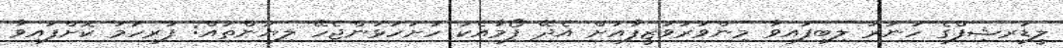
ލީޑަރޝިފްގެ ހުނަރު ލިބިފައިވާ މިންވަރުވަޒީފާއަށް އެދޭ ފޯމާއެކު ހުށަހަޅަންޖެހޭ ލިޔުންތައް: ފުރިހަމަ ކޮށްފައިވާ